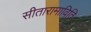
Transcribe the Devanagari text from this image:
सीतारामाविति